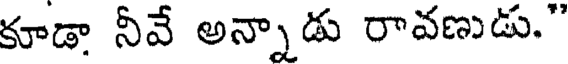
కూడా నీవే అన్నాడు రావణుడు."